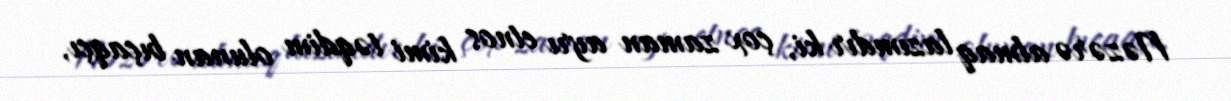
Nəzərə almaq lazımdır ki, çox zaman ayrı etnos kimi təqdim olunan bıçaqçı,